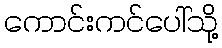
ကောင်းကင်ပေါ်သို့